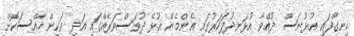
ހިނގާފައި އުޅުނަސް ދުއްވާ އުޅަނދުފަހަރުގައި އެންމެން އުޅޭ ދުވަސްވަރެއްގައި އަދި ވަކިން ޚާއްސަކޮށް